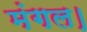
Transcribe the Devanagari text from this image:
मंगल।